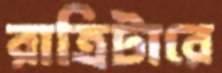
রাত্রিটারে